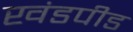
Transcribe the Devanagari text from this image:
खंडपीड